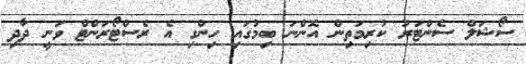
ސޯޝަލް ސެންޓަރު ކުރިމަތިން އޮންނަ ބިމުގައި ހިންގި އެ ރެސްޓޯރަންޓް ވަނީ ދާދި